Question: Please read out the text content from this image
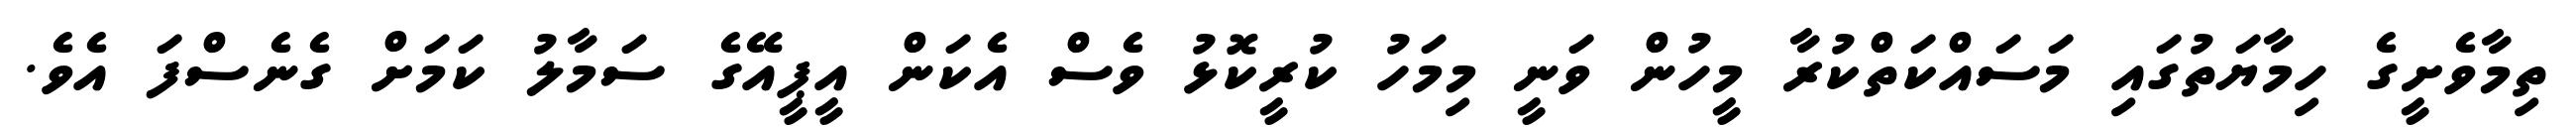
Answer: ތިމާވެށީގެ ހިމާޔަތުގައި މަސައްކަތްކުރާ މީހުން ވަނީ މިމަހު ކުރީކޮޅު ވެސް އެކަން އީޕީއޭގެ ސަމާލު ކަމަށް ގެނެސްފަ އެވެ.